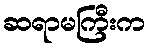
ဆရာမကြီးက